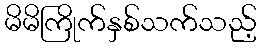
မိမိကြိုက်နှစ်သက်သည့်